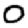
Digit: 0